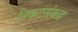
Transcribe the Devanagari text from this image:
निकटसंबद्ध